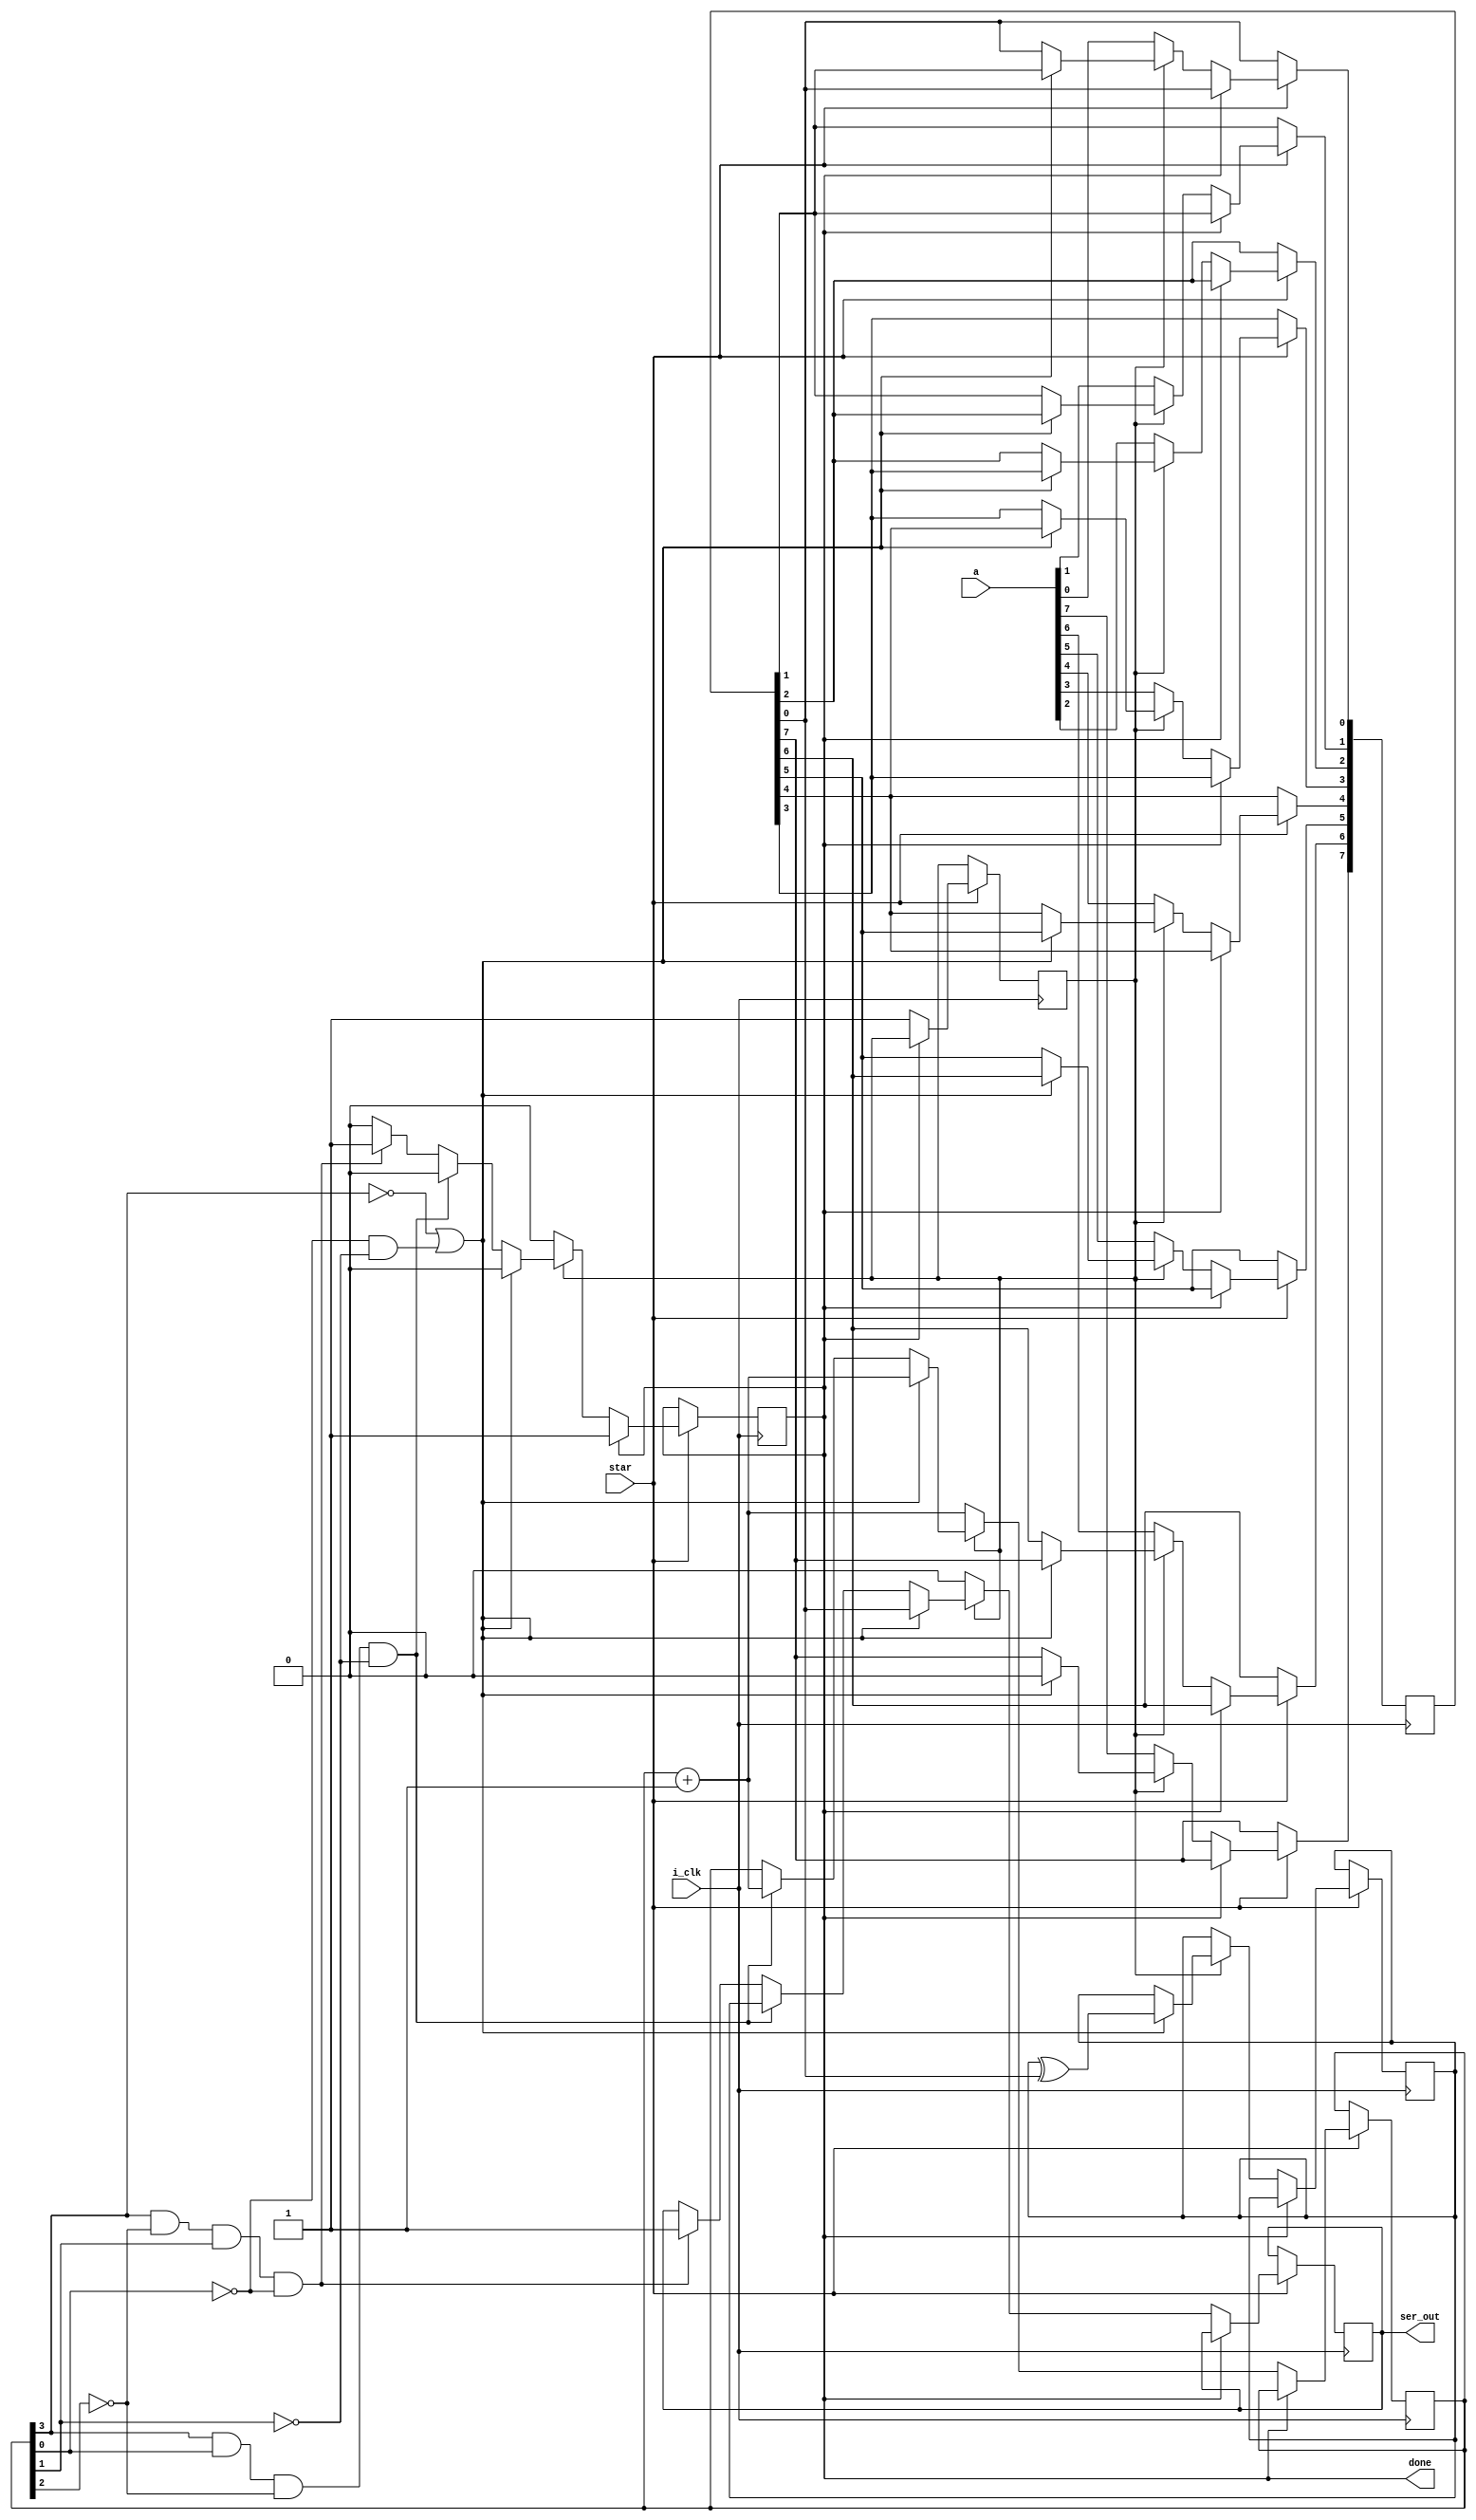
module uart_tx(
 input [7:0]a,
 input i_clk,
 input star,
 output reg ser_out,
 output done
);
 reg [3:0]p=4'b0;
 reg [7:0]t;
 reg par=1'b0;
 reg lod=1'b0;
 reg dn=1'b0;
 assign done=dn;

 always @(posedge i_clk) begin
 if(star) begin
 if(~done) begin
  if(~lod) begin
  t[0]<=a[0];
  t[1]<=a[1];
  t[2]<=a[2];
  t[3]<=a[3];
  t[4]<=a[4];
  t[5]<=a[5];
  t[6]<=a[6];
  t[7]<=a[7];
  ser_out<=1'b0;
  p<=p+1;
  lod=1'b1;
  end
  else begin
  if((~p[3])|((~p[0])&(~p[1]))) begin
   ser_out<=t[0];
   t<=t>>1;
   p<=p+1;
   par<=par^t[0];
  end
  else if(p[3]&p[0]&(~p[2])&(~p[1])) begin
   ser_out<=par;
   p<=p+1;
  end
  else if((p[3])&(~p[2])&(p[1])&(~p[0])) begin
   ser_out<=1'b1;
   dn<=1'b1;
  end
  end
 end
 end
 end
endmodule